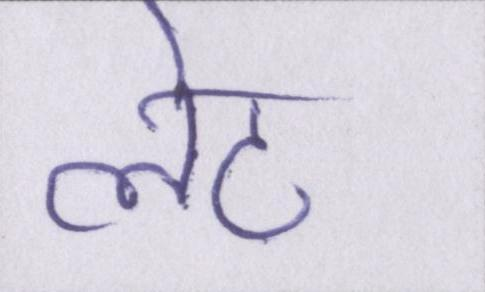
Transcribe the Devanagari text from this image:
लेट